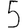
Digit: 5